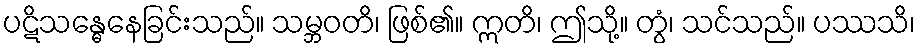
ပဋိသန္ဓေနေခြင်းသည်။ သမ္ဘဝတိ၊ ဖြစ်၏။ ဣတိ၊ ဤသို့။ တွံ၊ သင်သည်။ ပဿသိ၊